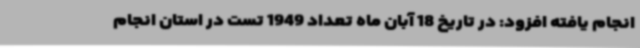
انجام یافته افزود: در تاریخ 18 آبان ماه تعداد 1949 تست در استان انجام